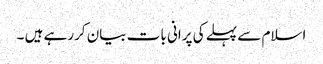
اسلام سے پہلے کی پرانی بات بیان کررہے ہیں ۔